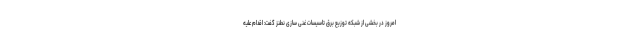
امروز در بخشی از شبکه توزیع برق تاسیسات غنی سازی نطنز گفت: اقدام علیه